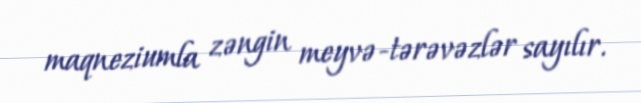
maqneziumla zəngin meyvə-tərəvəzlər sayılır.